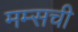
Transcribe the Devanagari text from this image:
मम्सची